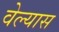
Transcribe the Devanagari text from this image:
वेल्यास